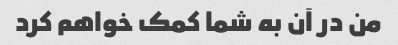
من در آن به شما کمک خواهم کرد